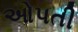
ઓપતી